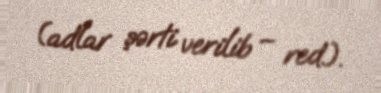
(adlar şərti verilib – red.).